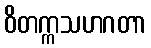
ဝိတက္ကသဟဂတာ